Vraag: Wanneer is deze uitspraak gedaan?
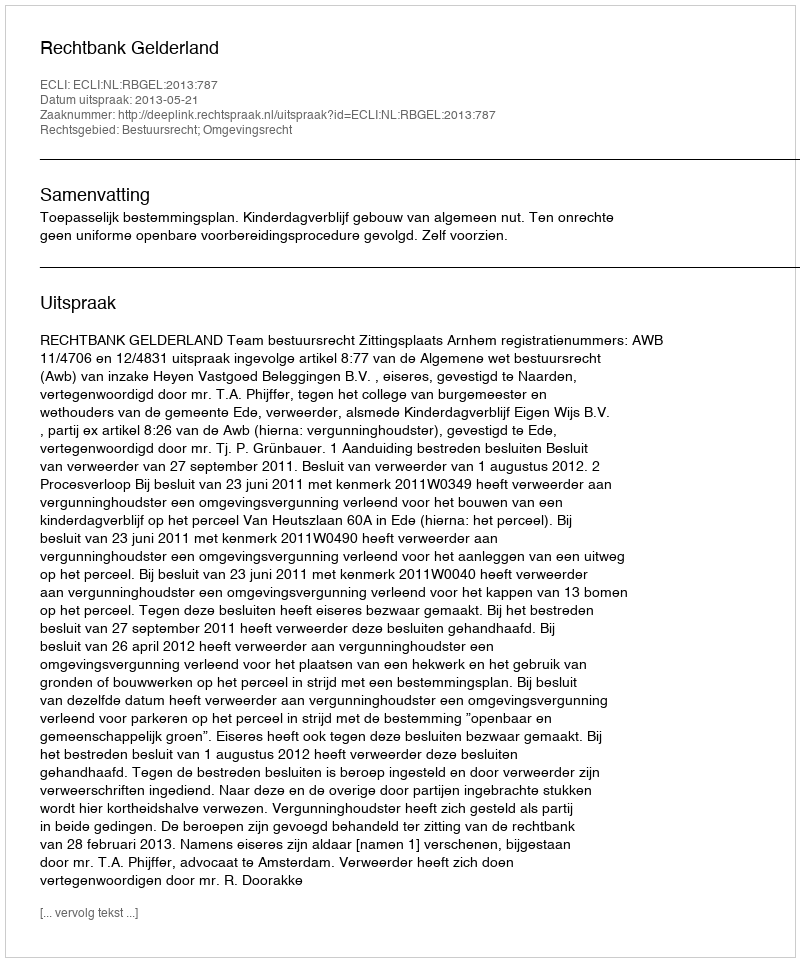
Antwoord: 2013-05-21